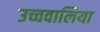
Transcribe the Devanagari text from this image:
उच्चवालिया